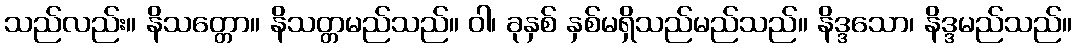
သည်လည်း။ နိသတ္တော။ နိသတ္တမည်သည်။ ဝါ၊ ခုနှစ် နှစ်မရှိသည်မည်သည်။ နိဒ္ဒသော၊ နိဒ္ဒမည်သည်။